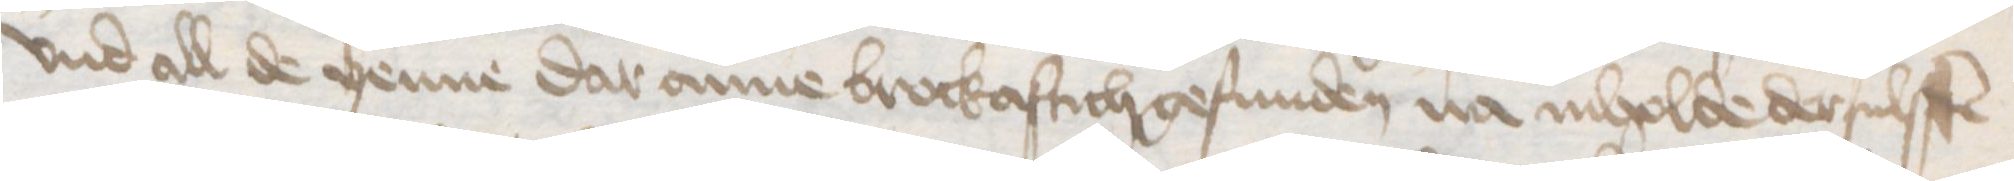
vnd all de yenne dar anne brockaftich gefunden na inholde dersulffen